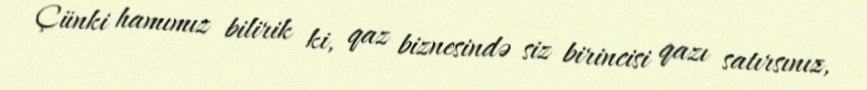
Çünki hamımız bilirik ki, qaz biznesində siz birincisi qazı satırsınız,